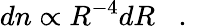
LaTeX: dn\propto R^{-4}dR\, \, \, \, \, .\, \, \, \, \,